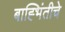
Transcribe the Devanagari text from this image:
बाह्भिंतीचे